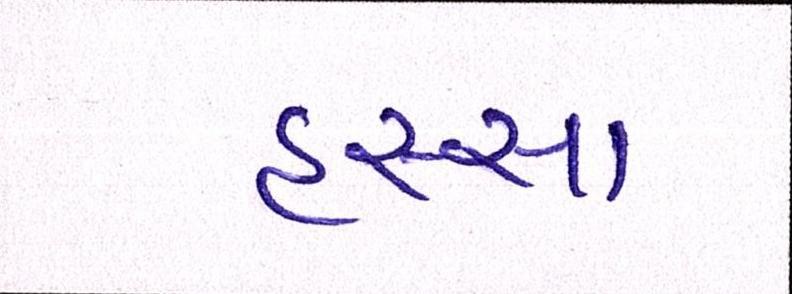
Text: હસ્યા